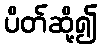
ပိတ်ဆို့၍